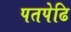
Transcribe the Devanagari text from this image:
पतपेढि